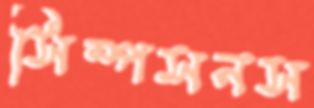
সিম্পসনস